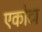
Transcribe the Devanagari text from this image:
एकोटा